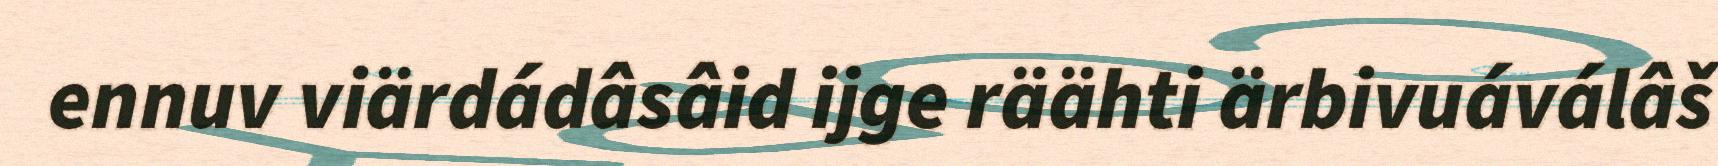
ennuv viärdádâsâid ijge räähti ärbivuáválâš